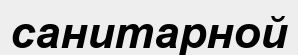
санитарной